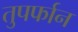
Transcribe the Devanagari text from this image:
तुपर्फान